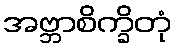
အဗ္ဘာစိက္ခိတုံ